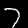
Digit: 7